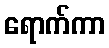
ရောက်ကာ